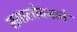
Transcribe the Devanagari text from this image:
समालोचनाने